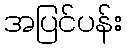
အပြင်ပန်း